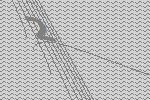
2